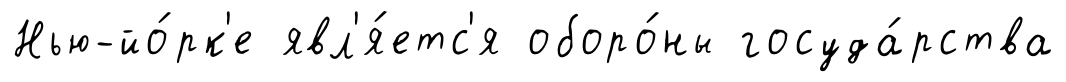
Нью-йо́рк'е явл'я́етс'я оборо́ны госуда́рства